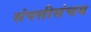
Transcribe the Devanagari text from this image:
संपत्तीसंचय